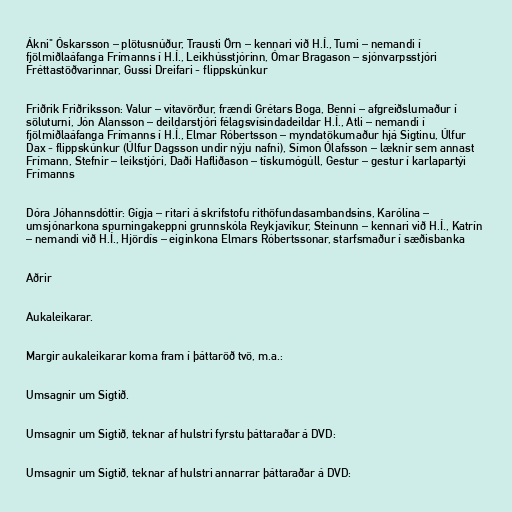
Ákni" Óskarsson – plötusnúður, Trausti Örn – kennari við H.Í., Tumi – nemandi í
fjölmiðlaáfanga Frímanns í H.Í., Leikhússtjórinn, Ómar Bragason – sjónvarpsstjóri
Fréttastöðvarinnar, Gussi Dreifari - flippskúnkur

Friðrik Friðriksson: Valur – vitavörður, frændi Grétars Boga, Benni – afgreiðslumaður í
söluturni, Jón Alansson – deildarstjóri félagsvísindadeildar H.Í., Atli – nemandi í
fjölmiðlaáfanga Frímanns í H.Í., Elmar Róbertsson – myndatökumaður hjá Sigtinu, Úlfur
Dax - flippskúnkur (Úlfur Dagsson undir nýju nafni), Símon Ólafsson – læknir sem annast
Frímann, Stefnir – leikstjóri, Daði Hafliðason – tískumógúll, Gestur – gestur í karlapartýi
Frímanns

Dóra Jóhannsdóttir: Gígja – ritari á skrifstofu rithöfundasambandsins, Karólína –
umsjónarkona spurningakeppni grunnskóla Reykjavíkur, Steinunn – kennari við H.Í., Katrín
– nemandi við H.Í., Hjördís – eiginkona Elmars Róbertssonar, starfsmaður í sæðisbanka

Aðrir

Aukaleikarar.

Margir aukaleikarar koma fram í þáttaröð tvö, m.a.:

Umsagnir um Sigtið.

Umsagnir um Sigtið, teknar af hulstri fyrstu þáttaraðar á DVD:

Umsagnir um Sigtið, teknar af hulstri annarrar þáttaraðar á DVD: